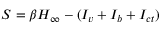
S = \beta H _ { \infty } - ( I _ { v } + I _ { b } + I _ { c t } )